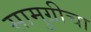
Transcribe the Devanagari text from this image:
सामुग्रीचा